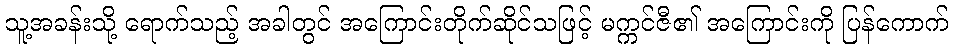
သူ့အခန်းသို့ ရောက်သည့် အခါတွင် အကြောင်းတိုက်ဆိုင်သဖြင့် မက္ကင်ဇီ၏ အကြောင်းကို ပြန်ကောက်